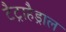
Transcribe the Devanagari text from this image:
टैट्राहैड्राल